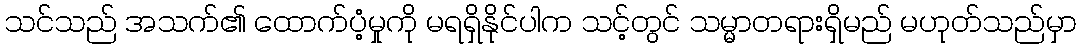
သင်သည် အသက်၏ ထောက်ပံ့မှုကို မရရှိနိုင်ပါက သင့်တွင် သမ္မာတရားရှိမည် မဟုတ်သည်မှာ